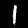
Label: 1